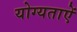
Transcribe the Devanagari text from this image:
योग्यताऐं